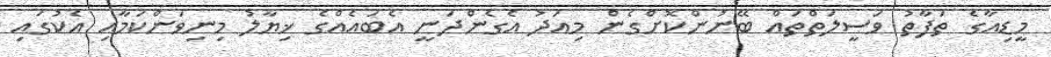
މީޑިއާގެ ތަފާތު ވަސީލަތްތައް ބޭނުންކޮށްގެން މިއަދު އެގެންދަނީ އެބައެއްގެ ޚިޔާލު މިނިވަންކަމާއި އެކުގައި